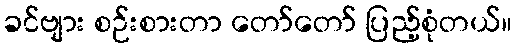
ခင်ဗျား စဉ်းစားတာ တော်တော် ပြည့်စုံတယ်။